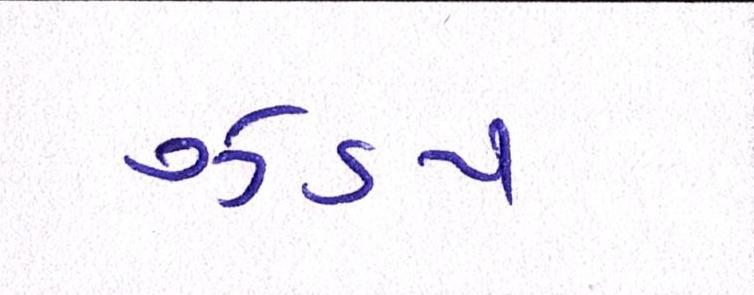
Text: ઝડપ